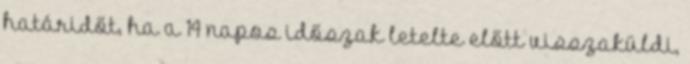
határidőt, ha a 14 napos időszak letelte előtt visszaküldi,